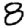
Digit: 8